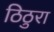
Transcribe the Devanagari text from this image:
ठिठुरा